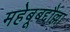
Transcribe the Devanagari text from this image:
महेबूबद्दौल्ला